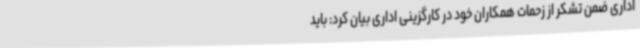
اداری ضمن تشکر از زحمات همکاران خود در کارگزینی اداری بیان کرد: باید